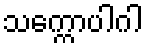
သက္ကောပါဂါ